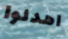
اهدئوا